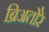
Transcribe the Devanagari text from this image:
ब्रिअतोरे